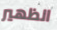
الظهير